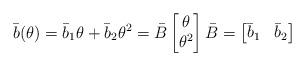
LaTeX: \begin{align*} \bar{b}(\theta) = \bar{b}_1 \theta + \bar{b}_2 \theta^2 = \bar{B} \begin{bmatrix} \theta \\ \theta^2 \end{bmatrix} \bar{B} = \begin{bmatrix} \bar{b}_1 & \bar{b}_2 \end{bmatrix}\end{align*}